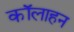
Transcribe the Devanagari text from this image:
कॉलाहन